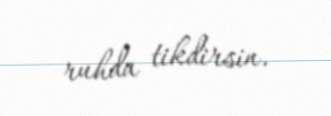
ruhda tikdirsin.